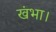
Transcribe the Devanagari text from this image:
खंभा।